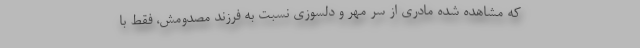
که مشاهده شده مادری از سر مهر و دلسوزی نسبت به فرزند مصدومش، فقط با